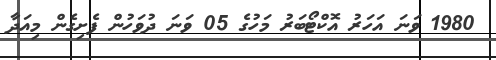
1980 ވަނަ އަހަރު އޮކްޓޯބަރު މަހުގެ 05 ވަނަ ދުވަހުން ފެށިގެން މިއަދާ